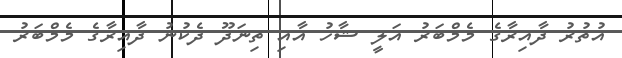
އުތުރު ދާއިރާގެ މެމްބަރު އަލީ ޝާހު އާއި ތިނަދޫ ދެކުނު ދާއިރާގެ މެމްބަރު